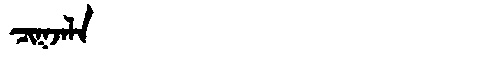
Manchu: ᠴᡳᡴᠵᠠᠯᠠ
Romanization: CIKJALA